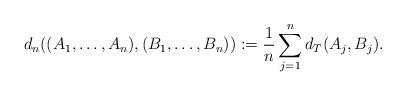
LaTeX: \begin{align*}d_{n}((A_{1},\dots,A_{n}),(B_{1},\dots,B_{n})):=\frac{1}{n}\sum_{j=1}^{n}d_T(A_{j},B_{j}).\end{align*}